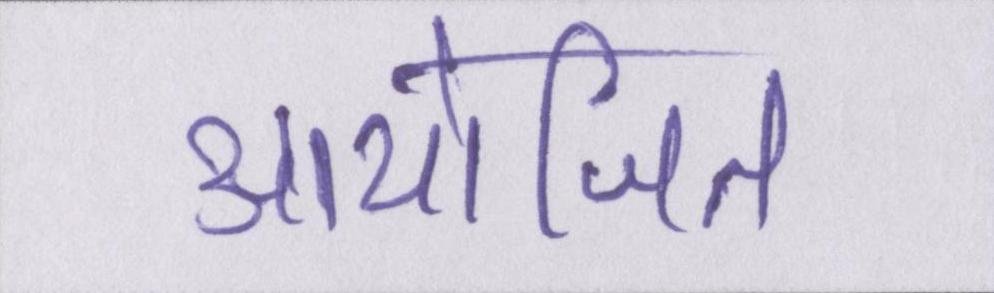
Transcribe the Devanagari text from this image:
आयोजित